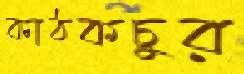
কাঠকচুর